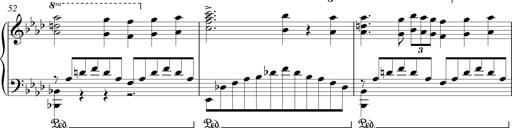
Title: LiebestrÃ¤ume
Composer: Franz Behr
Key: E-flat major